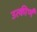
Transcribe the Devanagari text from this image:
उत्कीर्णं